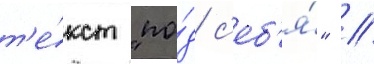
т'е́кст "по́д с'еб'я́" //